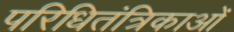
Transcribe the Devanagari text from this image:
परिधितंत्रिकाओं